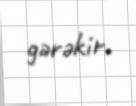
gərəkir.